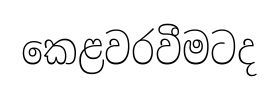
කෙළවරවීමටද